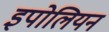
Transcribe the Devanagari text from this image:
इपोलियन